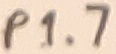
Text: P1.7